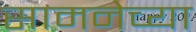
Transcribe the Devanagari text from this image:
सामनेच्या